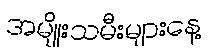
အမျိုးသမီးများနေ့